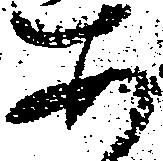
あ